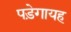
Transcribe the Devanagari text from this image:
पड़ेगायह